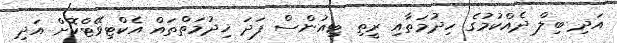
އަދި ބިލް ދެއްކުމުގެ ހިދުމަތާއި ރީތި ޓިއުންސް ފަދަ ޚިދުމަތްތައް އެކްޓިވޭޓްކޮށް އަދި